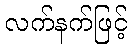
လက်နက်ဖြင့်